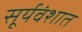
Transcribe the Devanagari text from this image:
सूर्यवंशात